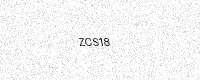
Text: ZCS18